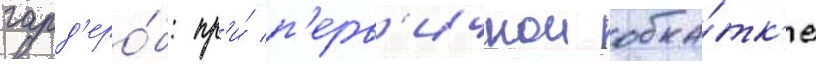
гард'еро́б: пр'и́ п'ерв'ичнои обка́тк'е